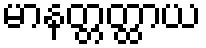
မာနတ္တတ္ထာယ